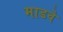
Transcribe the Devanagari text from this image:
माडवे